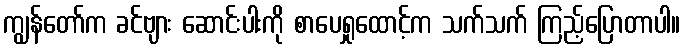
ကျွန်တော်က ခင်ဗျား ဆောင်းပါးကို စာပေရှုထောင့်က သက်သက် ကြည့်ပြောတာပါ။